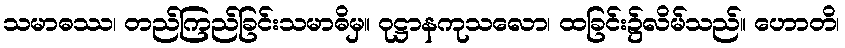
သမာဓဿ၊ တည်ကြည်ခြင်းသမာဓိမှ။ ဝုဋ္ဌာနကုသလော၊ ထခြင်း၌လိမ်သည်။ ဟောတိ၊